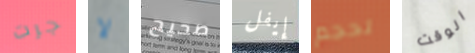
جرت لا صحيح إيفل لحجم الوقت